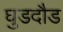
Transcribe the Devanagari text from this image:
घुडदौड